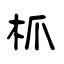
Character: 枛